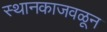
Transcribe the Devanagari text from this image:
स्थानकाजवळून